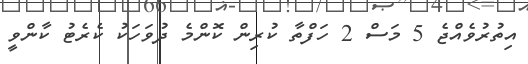
އިތުރުވެއްޖެ 5 މަސް 2 ހަފްތާ ކުރިން ކޮންމެ ދުވަހަކު ކެރެޓު ކާންވީ